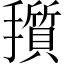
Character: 𪮽